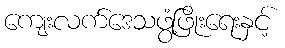
ကျေးလက်ဒေသဖွံ့ဖြိုးရေးနှင့်